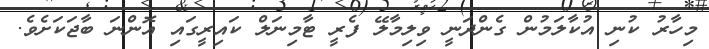
މިހާރު ކުނި އުކާލަމުން ގެންްދަނީ ވިލިމާލޭ ފެރީ ޓާމިނަލް ކައިރީގައި އޮންނަ ބާޖަކަށެވެ.